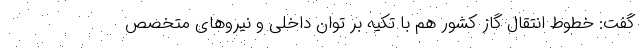
گفت: خطوط انتقال گاز کشور هم با تکیه بر توان داخلی و نیروهای متخصص